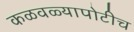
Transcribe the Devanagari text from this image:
कळवळ्यापोटीच